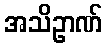
အသိဥာဏ်